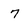
Character: 7